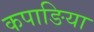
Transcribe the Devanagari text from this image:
कपाङिया